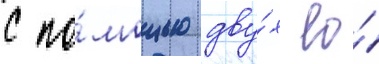
с по́мощью дву́х ео́